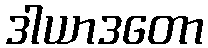
ဒါယာဒတော